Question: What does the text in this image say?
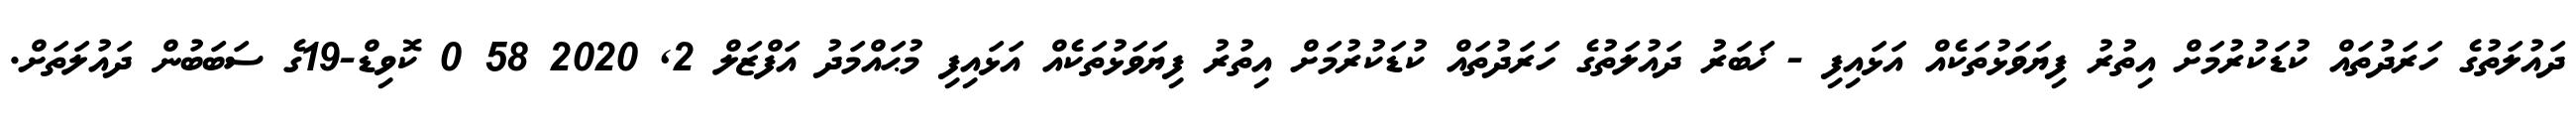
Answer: ދައުލަތުގެ ހަރަދުތައް ކުޑަކުރުމަށް އިތުރު ފިޔަވަޅުތަކެއް އަޅައިފި - ޚަބަރު ދައުލަތުގެ ހަރަދުތައް ކުޑަކުރުމަށް އިތުރު ފިޔަވަޅުތަކެއް އަޅައިފި މުޙައްމަދު އަފްޒަލް 2, 2020 58 0 ކޮވިޑް-19ގެ ސަބަބުން ދައުލަތަށް.